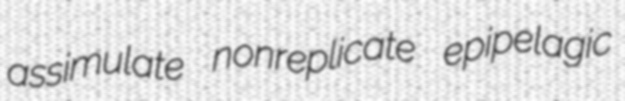
assimulate nonreplicate epipelagic